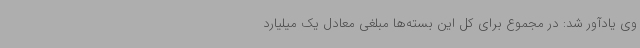
وی یادآور شد: در مجموع برای کل این بسته‌ها مبلغی معادل یک میلیارد